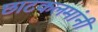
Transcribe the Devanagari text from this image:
छाटकलमांनी